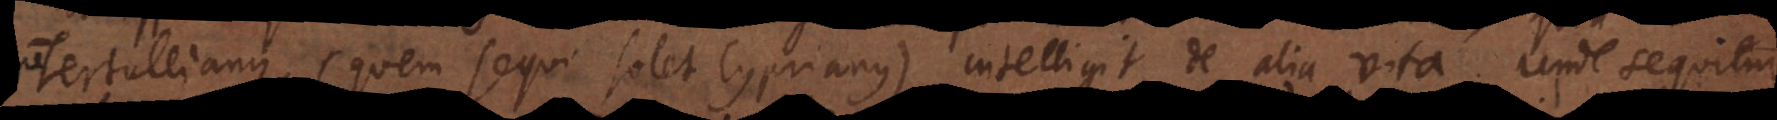
Tertullianus (quem sequi solet Cyprianus), intelligit de alia vita. Unde sequitur